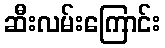
ဆီးလမ်းကြောင်း